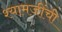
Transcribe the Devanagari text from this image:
श्यामजींची